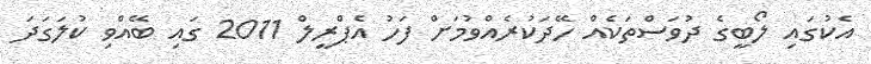
އެކުގައި ލޯބީގެ ދުވަސްތަކެއް ހޭދަކުރެއްވުމަށް ފަހު އެޕްރީލް 2011 ގައި ބޭއްވި ކުލަގަދަ